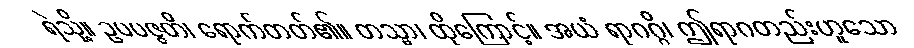
ရဲသို့။ ဥပပဇ္ဇတိ၊ ရောက်တတ်၏။ တသ္မာ၊ ထိုကြောင့်။ အယံ ရာဂဂ္ဂိ၊ ဤရာဂတည်းဟူသော